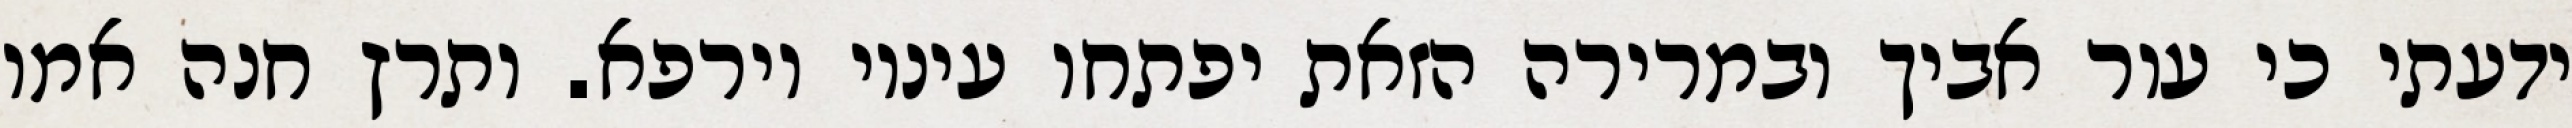
ידעתי כי עור אביך ובמרירה הזאת יפתחו עיניו וירפא. ותרץ חנה אמו